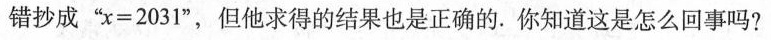
错抄成“$$x = 2 0 3 1$$”，但他求得的结果也是正确的。你知道这是怎么回事吗?